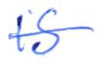
Text: is
Cross-out: single-line
Writing tool: ballpoint